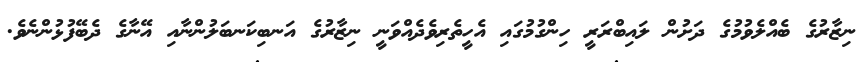
ނިޒާރުގެ ބެއްލެވުމުގެ ދަށުން ލައިބްރަރީ ހިންގުމުގައި އެހީތެރިވެދެއްވަނީ ނިޒާރުގެ އަނބިކަނބަލުންނާއި އޭނާގެ ދެބޭފުޅުންނެވެ.